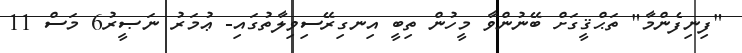
"ފިނިފެންމާ" ތަޙްޤީގަށް ބޭނުންވާ މީހުން ތިބީ އިނގިރޭސިވިލާތުގައި- ޢުމަރު ނަޞީރު6 މަސް 11